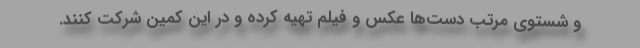
و شستوی مرتب دست‌ها عکس و فیلم تهیه کرده و در این کمین شرکت کنند.